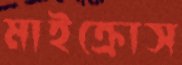
মাইক্রোস